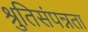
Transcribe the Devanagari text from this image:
श्रुतिसंपन्नता